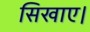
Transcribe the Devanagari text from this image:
सिखाए।